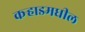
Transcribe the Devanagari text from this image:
कर्‍हाडमधील